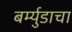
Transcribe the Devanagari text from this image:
बर्म्युडाचा